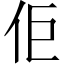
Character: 佢